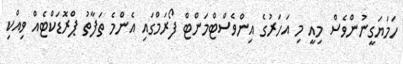
ހަމަޔަގީނުންވެސް މިއީ މި އަހަރުގެ އިންވެސްޓްމަންޓް ފޯރަމްގައި އެންމެ ތަފާތު ޕްރޮޑަކްޓެއް ވިއްކި